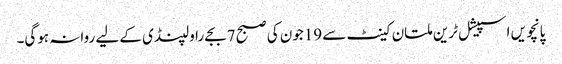
پانچویں اسپیشل ٹرین ملتان کینٹ سے 19جون کی صبح 7بجے راولپنڈی کے لیے روانہ ہوگی۔